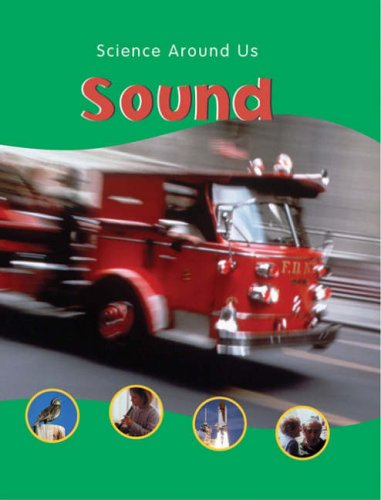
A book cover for Sound; Sally Hewitt        ; Children's Books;